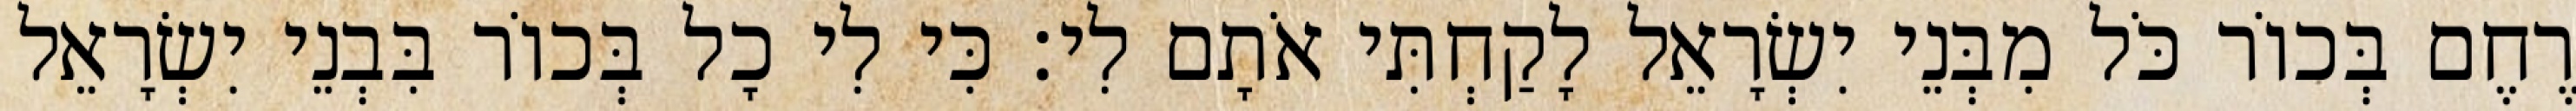
רֶחֶם בְּכוֹר כֹּל מִבְּנֵי יִשְׂרָאֵל לָקַחְתִּי אֹתָם לִי׃ כִּי לִי כָל בְּכוֹר בִּבְנֵי יִשְׂרָאֵל